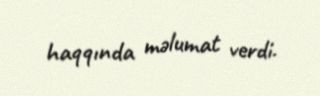
haqqında məlumat verdi.